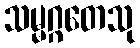
သမ္မဂ္ဂတေသု